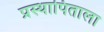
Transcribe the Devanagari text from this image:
प्रस्थापिताला